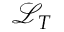
\mathcal { L } _ { T }